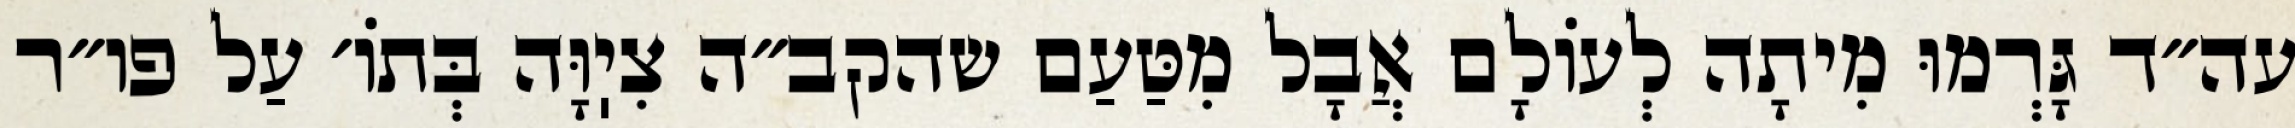
עה״ד גָּרְמוּ מִיתָה לְעוֹלָם אֲבָל מִטַּעַם שהקב״ה צִיֽוָּה בְּתוֹ׳ עַל פו״ר